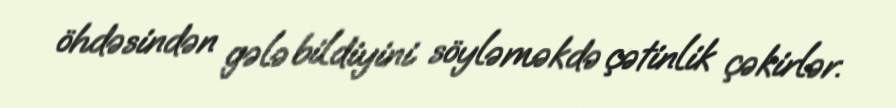
öhdəsindən gələ bildiyini söyləməkdə çətinlik çəkirlər.